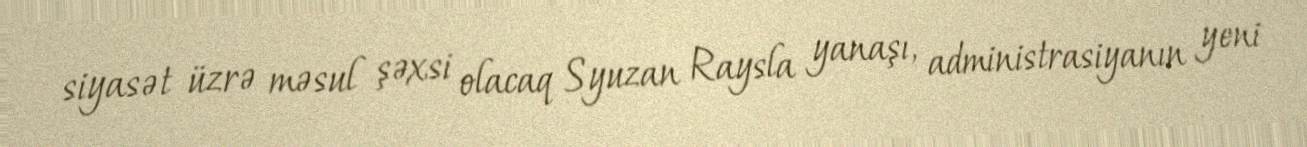
siyasət üzrə məsul şəxsi olacaq Syuzan Raysla yanaşı, administrasiyanın yeni